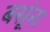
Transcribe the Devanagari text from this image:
बसूंना